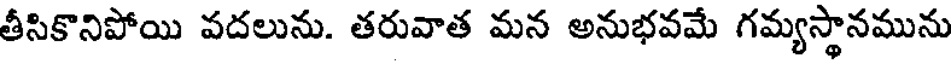
తీసికొనిపోయి వదలును. తరువాత మన అనుభవమే గమ్యస్థానమును